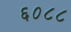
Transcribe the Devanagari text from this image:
६०८८